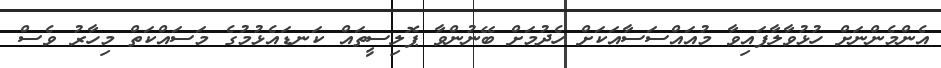
އެންމެންނަށް ހުޅުވާލާފައިވާ މުއައްސަސާއަކަށް ހެދުމަށް ބޭނުންވާ ޕޮލިސީތައް ކަނޑައެޅުމުގެ މަސައްކަތް މިހާރު ވެސް